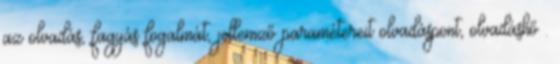
az olvadás, fagyás fogalmát, jellemző paramétereit olvadáspont, olvadáshő .